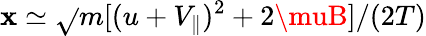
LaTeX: \mathbf{x}\simeq\sqrt{}{{m[(u+V_{\parallel})^{2}+2\muB]/(2T)}}